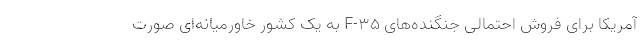
آمریکا برای فروش احتمالی جنگنده‌های F-35 به یک کشور خاورمیانه‌ای صورت